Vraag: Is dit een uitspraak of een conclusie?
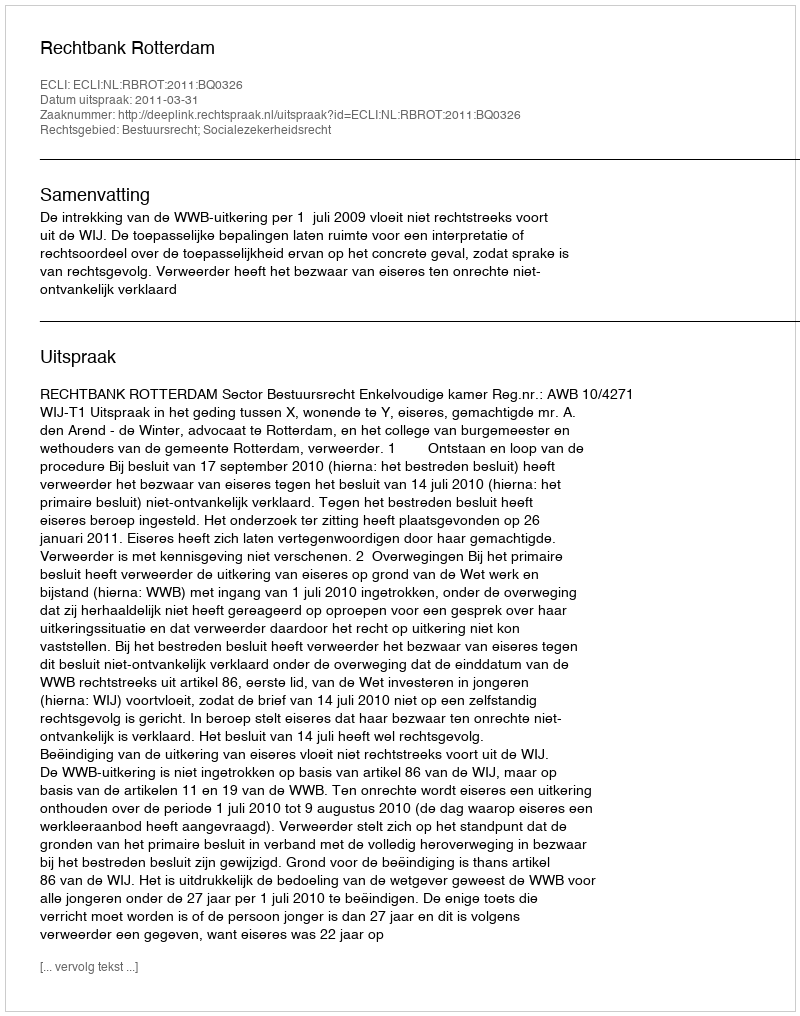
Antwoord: Uitspraak